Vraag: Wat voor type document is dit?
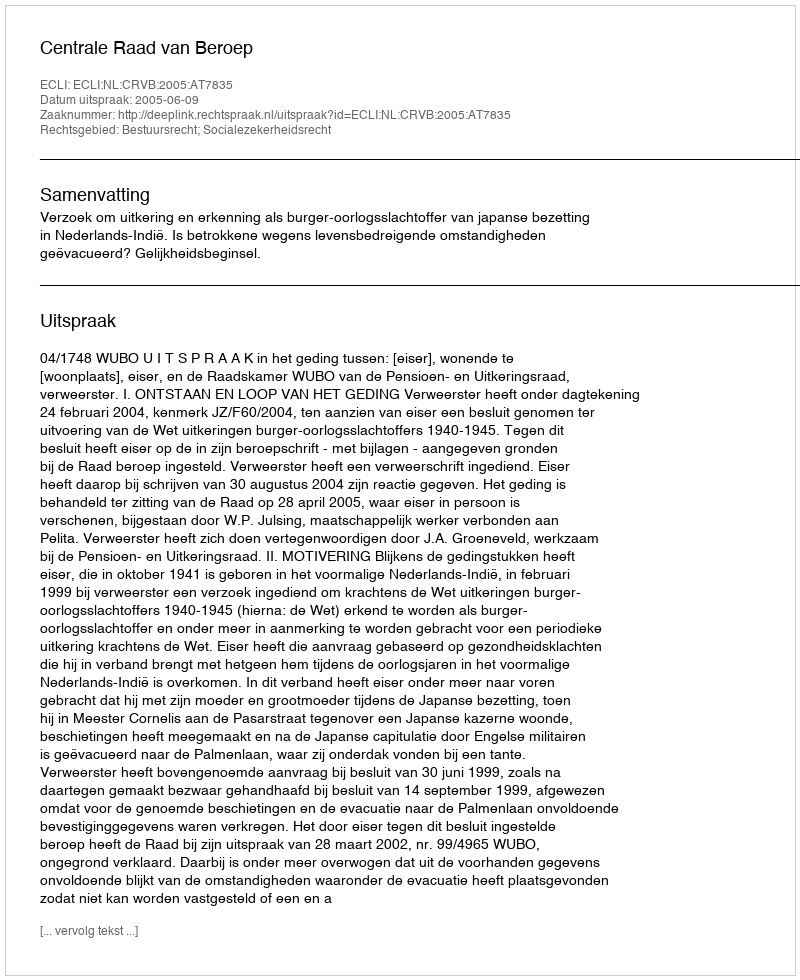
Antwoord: Uitspraak